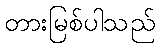
တားမြစ်ပါသည်